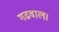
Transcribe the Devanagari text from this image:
गढवाल।